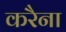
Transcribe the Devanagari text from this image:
करैना